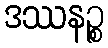
ဒဿနဉ္စ